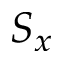
S _ { x }